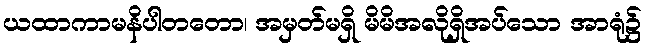
ယထာကာမနိပါတတော၊ အမှတ်မရှိ မိမိအလိုရှိအပ်သော အာရုံ၌